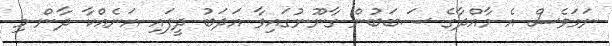
ނަމަވެސް އެ މާއްދާގެ ސަބަބުން ގާނޫނުގައިވާ އަދަބު ދީފައި އަނެއްކާ ދާން މި